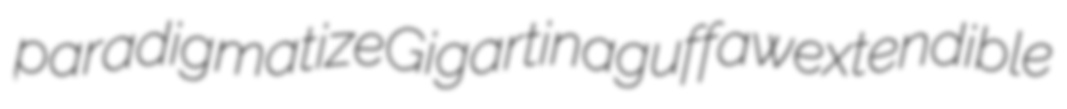
paradigmatize Gigartina guffaw extendible